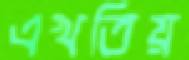
এখতিয়